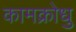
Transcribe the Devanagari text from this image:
कामक्रोधु